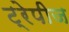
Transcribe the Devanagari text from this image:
ट्रेपीज